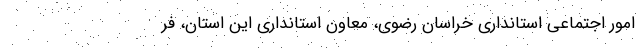
امور اجتماعی استانداری خراسان رضوی، معاون استانداری این استان، فر